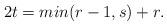
LaTeX: \begin{align*}2t=min(r-1, s)+r.\end{align*}